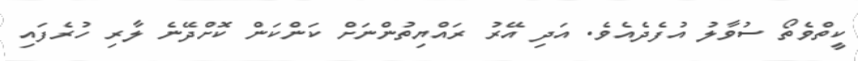
ކީތްވެތޯ ސުވާލު އުފެދެއެވެ. އަދި އޭރު ރައްޔިތުންނަށް ކަންކަން ކޮށްދޭނެ ލާރި ހުރެފައި